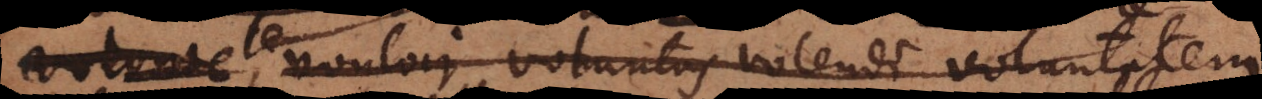
le vouloir, voluntas volendi voluntatem